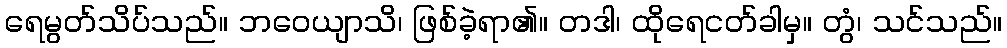
ရေမွတ်သိပ်သည်။ ဘဝေယျာသိ၊ ဖြစ်ခဲ့ရာ၏။ တဒါ၊ ထိုရေငတ်ခါမှ။ တွံ၊ သင်သည်။